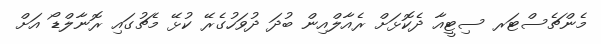
މެންޗެސްޓަރ ސިޓީއާ ދެކޮޅަށް ރެއާލްއިން ބުދަ ދުވަހުގެރޭ ކުޅޭ މެޗުގައި ރޮނާލްޑޯ އަށް